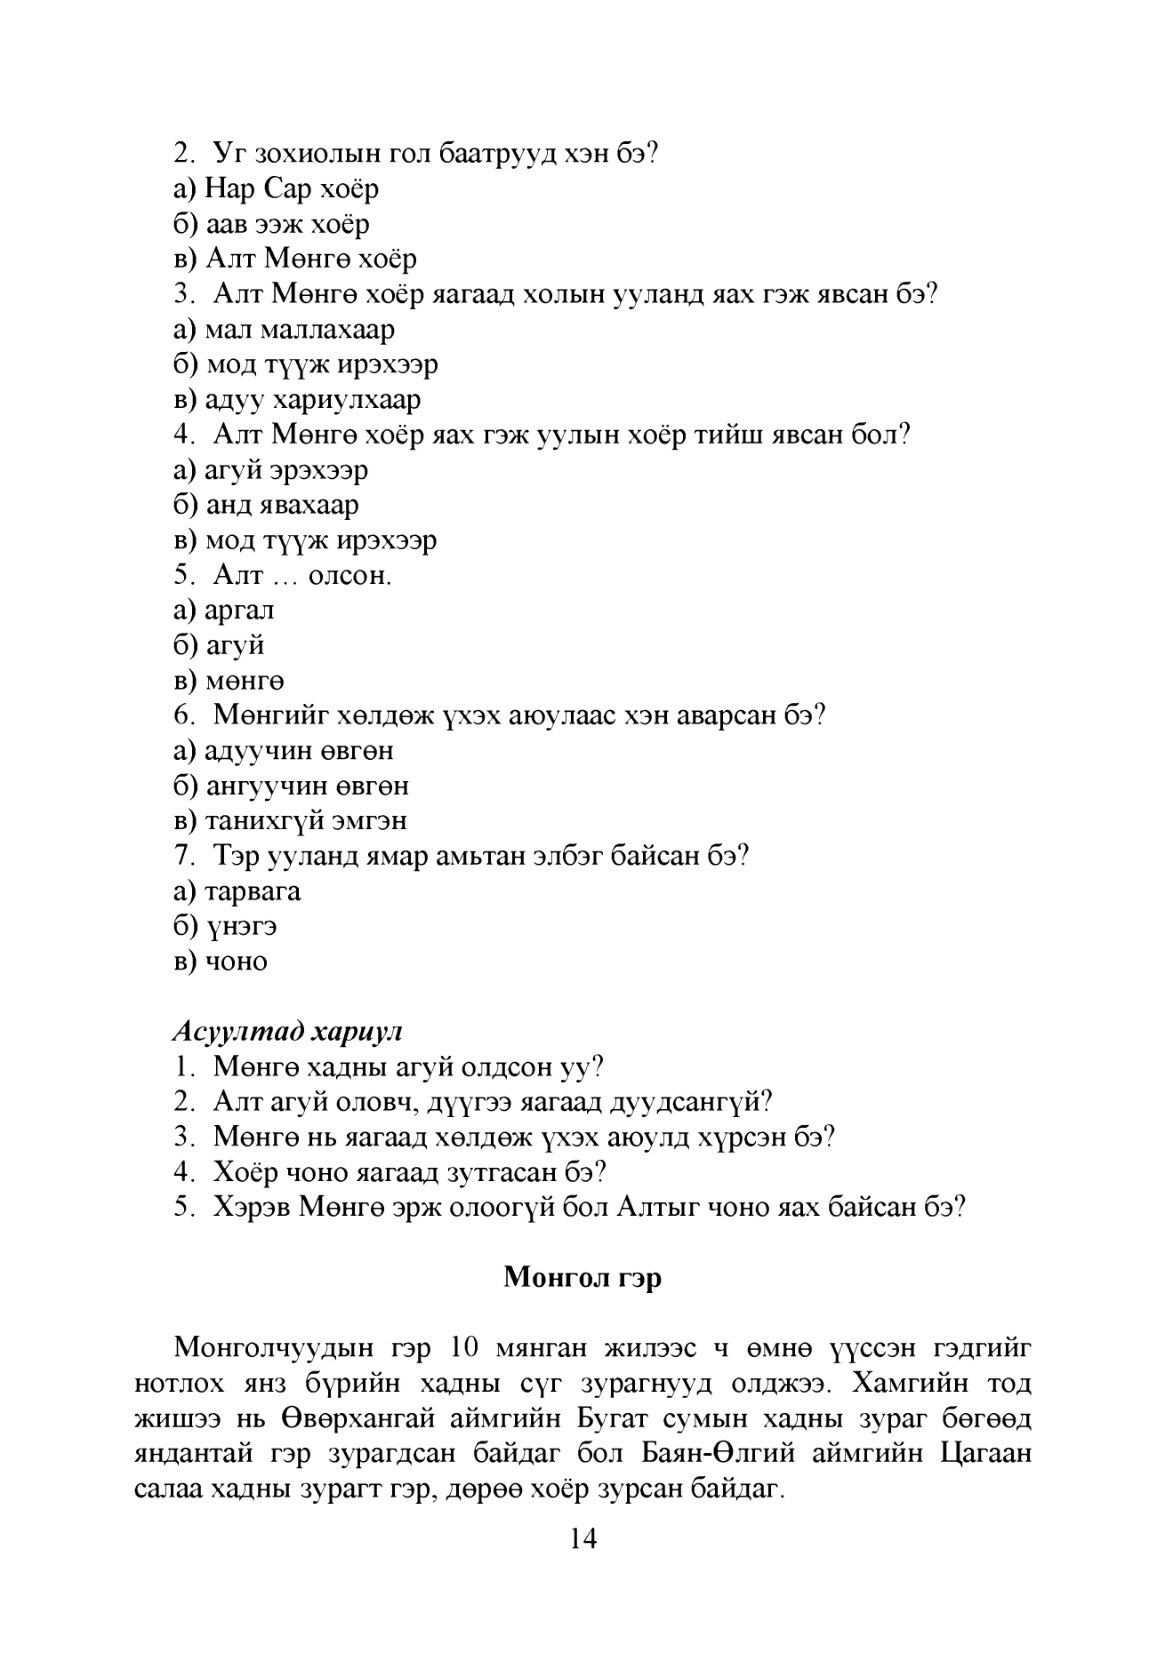
Language: mn